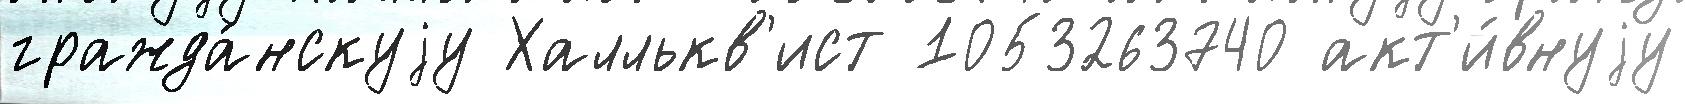
гражда́нскуjу Халлькв'ист 1053263740 акт'и́внуjу